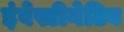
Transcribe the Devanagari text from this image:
इंवेस्टीगेटिव